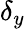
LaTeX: \delta_{y}